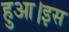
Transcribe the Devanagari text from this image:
हुआ।इस